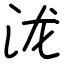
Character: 泷